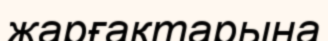
жарғақтарына